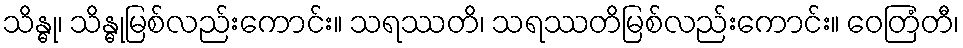
သိန္ဓု၊ သိန္ဓုမြစ်လည်းကောင်း။ သရဿတိ၊ သရဿတိမြစ်လည်းကောင်း။ ဝေတြံတီ၊